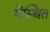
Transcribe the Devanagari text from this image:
मेंस्थित